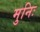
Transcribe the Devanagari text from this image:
मुनिः